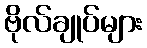
ဗိုလ်ချုပ်များ